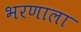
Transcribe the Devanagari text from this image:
भरणाला